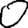
Digit: 0